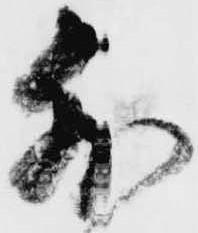
外